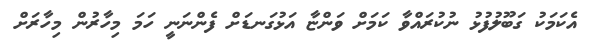
އެކަމަކު ގަބޫލުފުޅު ނުކުރައްވާ ކަމަށް ވަންޏާ އަޅުގަނޑަށް ފެންނަނީ ހަމަ މިހާރުން މިހާރަށް